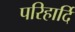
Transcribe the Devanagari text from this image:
परिहार्दि